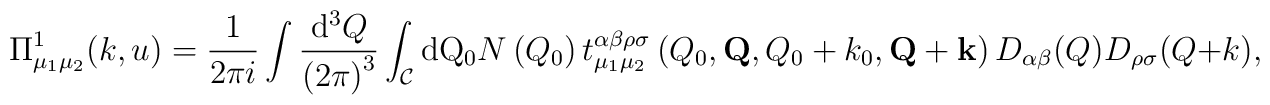
\Pi^1_{\mu_1\mu_2}(k,u)=\frac{1}{2\pi i}\int\frac{{\rm d}^3 Q}{\left(2\pi\right)^3}\int_{\cal{C}}{\rm d Q_0} N\left( Q_0\right)t^{\alpha\beta\rho\sigma}_{\mu_1\mu_2}\left(Q_0,{\bf Q}, Q_0+k_0,{\bf Q} + {\bf k}\right)D_{\alpha\beta}(Q) D_{\rho\sigma}(Q+k),